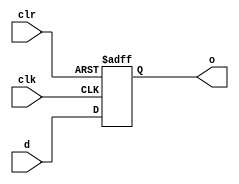
`timescale 1ns / 1ps
`timescale 1ns / 1ps
module d_ff_sc (
     input clk,
     input clr,
     input d,
     output reg o
);

   always @(negedge clr or posedge clk)
      if (!clr) begin
         o <= 1'b0;
      end else begin
         o <= d;
      end
endmodule